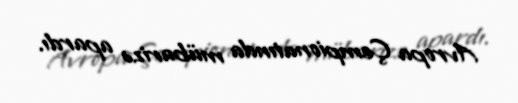
Avropa Çempionatında mübarizə apardı.